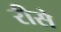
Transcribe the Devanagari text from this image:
रीसे